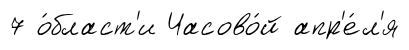
7 о́бласт'и Часово́й апр'е́л'я